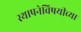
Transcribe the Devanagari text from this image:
स्थापनेविषयीच्या